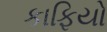
કાફિયો